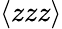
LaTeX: \langle zzz\rangle